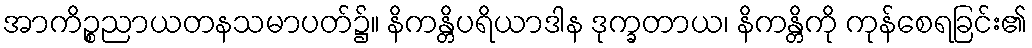
အာကိဉ္စညာယတနသမာပတ်၌။ နိကန္တိပရိယာဒါန ဒုက္ခတာယ၊ နိကန္တိကို ကုန်စေရခြင်း၏